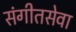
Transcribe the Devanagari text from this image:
संगीतसेवा